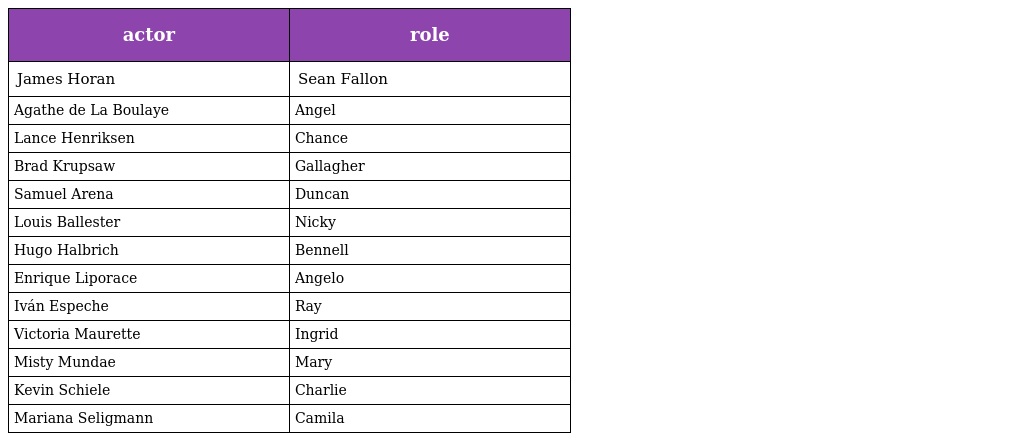
| actor | role |
 | --- | --- |
 | James Horan | Sean Fallon |
 | Agathe de La Boulaye | Angel |
 | Lance Henriksen | Chance |
 | Brad Krupsaw | Gallagher |
 | Samuel Arena | Duncan |
 | Louis Ballester | Nicky |
 | Hugo Halbrich | Bennell |
 | Enrique Liporace | Angelo |
 | Iván Espeche | Ray |
 | Victoria Maurette | Ingrid |
 | Misty Mundae | Mary |
 | Kevin Schiele | Charlie |
 | Mariana Seligmann | Camila |